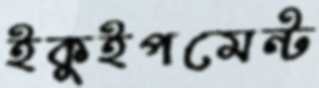
ইকুইপমেন্ট